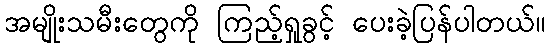
အမျိုးသမီးတွေကို ကြည့်ရှုခွင့် ပေးခဲ့ပြန်ပါတယ်။